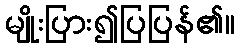
မျိုးပြား၍ပြပြန်၏။